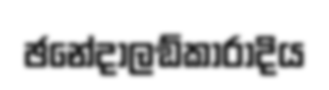
ඡනේදාලඞ්කාරාදිය